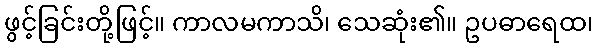
ဖွင့်ခြင်းတို့ဖြင့်။ ကာလမကာသိ၊ သေဆုံး၏။ ဥပဓာရေထ၊